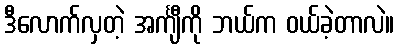
ဒီလောက်လှတဲ့ အင်္ကျီကို ဘယ်က ဝယ်ခဲ့တာလဲ။